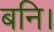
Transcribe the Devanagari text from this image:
बनि।